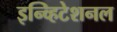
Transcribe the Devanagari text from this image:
इन्व्हिटेशनल